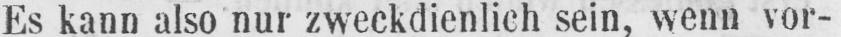
Es kann also nur zweckdienlich sein, wenn vor-